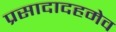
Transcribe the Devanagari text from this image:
प्रसादादहमेव